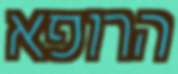
הרופא